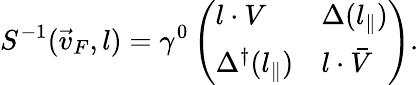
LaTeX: S^{-1}(\vec{v}_{F},l)=\gamma^{0}\left(\begin{array}{ll}{{l\cdot V}}&{{\Delta(l_{\parallel})}}\\ {{\Delta^{\dagger}(l_{\parallel})}}&{{l\cdot\bar{V}}}\end{array}\right).